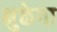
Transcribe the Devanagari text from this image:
भुक्तेगा